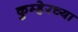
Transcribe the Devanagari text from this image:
कुम्हेरच्या